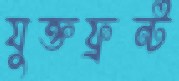
যুক্তফ্রন্ট